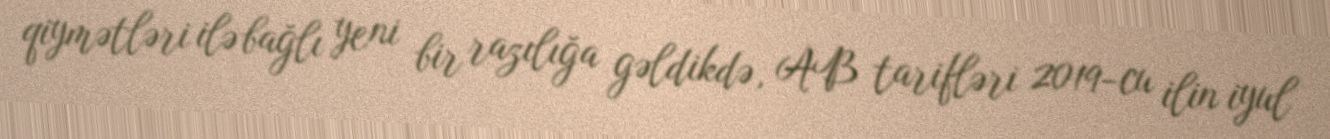
qiymətləri ilə bağlı yeni bir razılığa gəldikdə, AB tarifləri 2019-cu ilin iyul